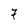
Character: 7